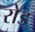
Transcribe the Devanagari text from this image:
रोड्